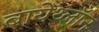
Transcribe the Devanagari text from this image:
बायेथ्लॉन